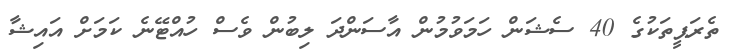
ތެރަޕީތަކުގެ 40 ސެޝަން ހަމަވުމުން އާސަންދަ ލިބުން ވެސް ހުއްޓޭނެ ކަމަށް އައިޝާ